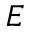
E